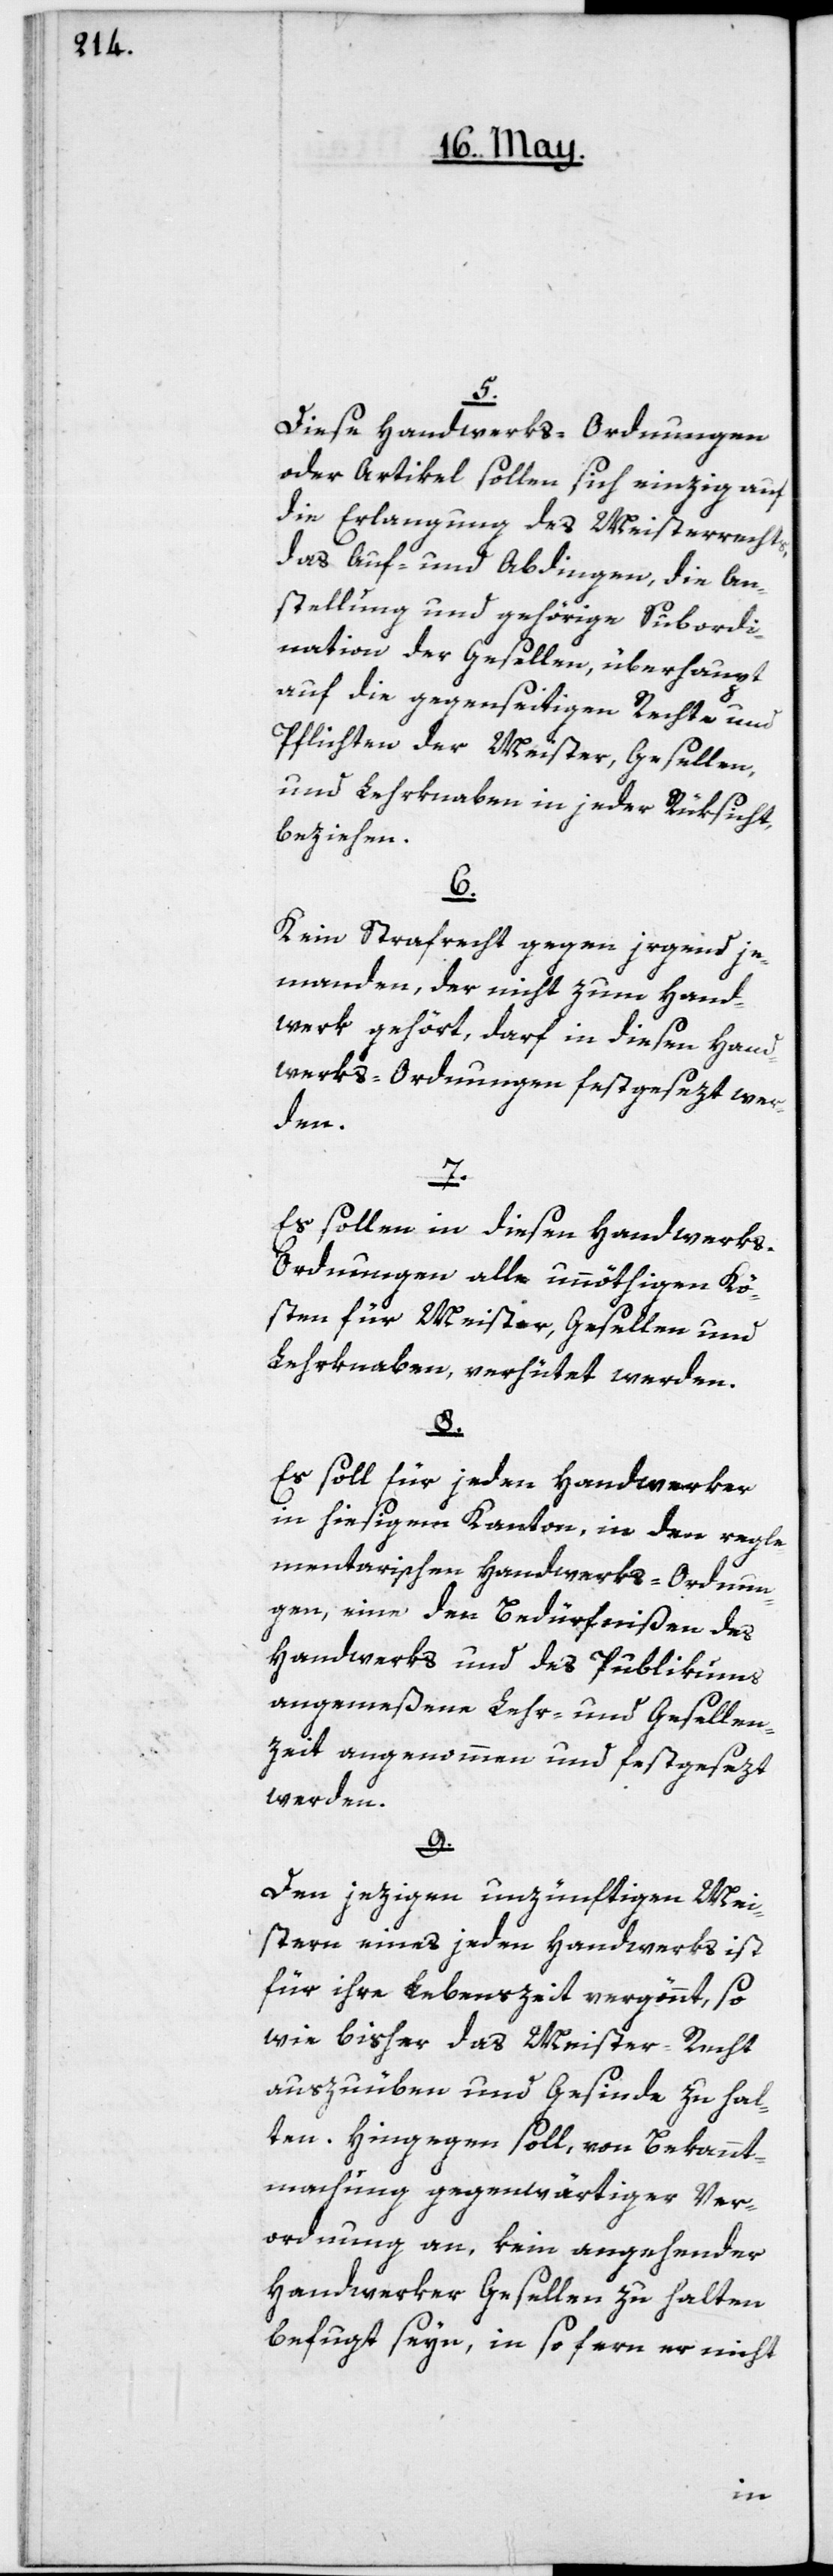
5.
Diese Handwerks-Ordnungen
oder Artikel sollen sich einzig auf
die Erlangung des Meisterrechts,
das Auf- und Abdingen, die An¬
stellung und gehörige Subordi¬
nation der Gesellen, überhaupt
auf die gegenseitigen Rechte und
Pflichten der Meister, Gesellen
und Lehrknaben in jeder Rüksicht,
beziehen.
6.
Kein Strafrecht gegen irgend je¬
manden, der nicht zum Hand¬
werk gehört, darf in diesen Hand¬
werks-Ordnungen festgesezt wer¬
den.
7.
Es sollen in diesen Handwerk¬
s-Ordnungen alle unnöthigen Kö¬
sten für Meister, Gesellen und
Lehrknaben, verhütet werden.
8.
Es soll für jeden Handwerker
in hiesigem Kanton, in den regle¬
mentarischen Handwerks-Ordnun¬
gen, eine den Bedürfnißen des
Handwerks und des Publikums
angemeßene Lehr- und Gesellen¬
zeit angenommen und festgesezt
werden.
9.
Den jezigen unzünftigen Mei¬
stern eines jeden Handwerks ist
für ihre Lebenszeit vergönnt, so
wie bisher das Meister-Recht
auszuüben und Gesinde zu hal¬
ten. Hingegen soll, von Bekannt¬
machung gegenwärtiger Ver¬
ordnung an, kein angehender
Handwerker Gesellen zu halten
befugt seyn, in so fern er nicht